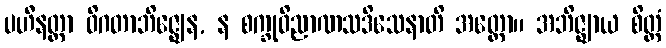
ပဟီနတ္တာ ဝိဂတာဘိဇ္ဈေန, န စက္ခုဝိညာဏသဒိသေနာတိ အတ္ထော။ အဘိဇ္ဈာယ စိတ္တံ